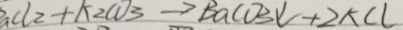
_ { a } C l _ { 2 } + k _ { 2 } c o _ { 3 } \rightarrow B a c o _ { 3 } \downarrow + 2 k C l